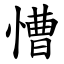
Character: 慒